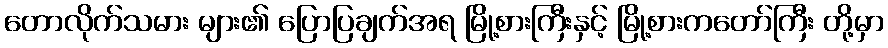
တောလိုက်သမား များ၏ ပြောပြချက်အရ မြို့စားကြီးနှင့် မြို့စားကတော်ကြီး တို့မှာ